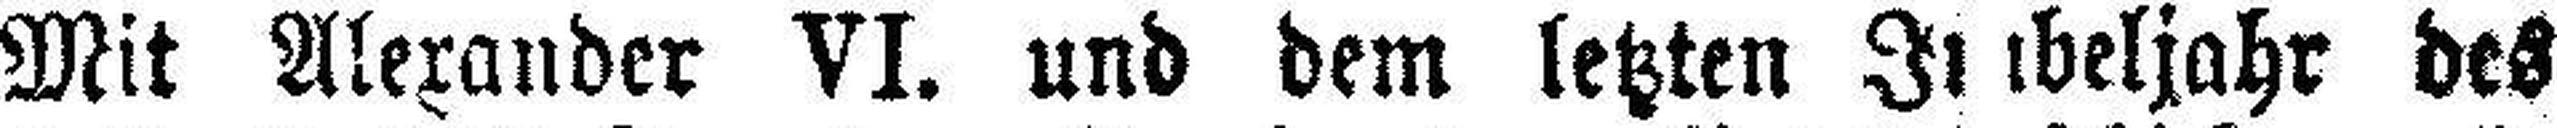
Mit Alexander VI. und dem letzten Jubeljahr des